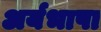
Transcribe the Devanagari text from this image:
अर्यभाषा